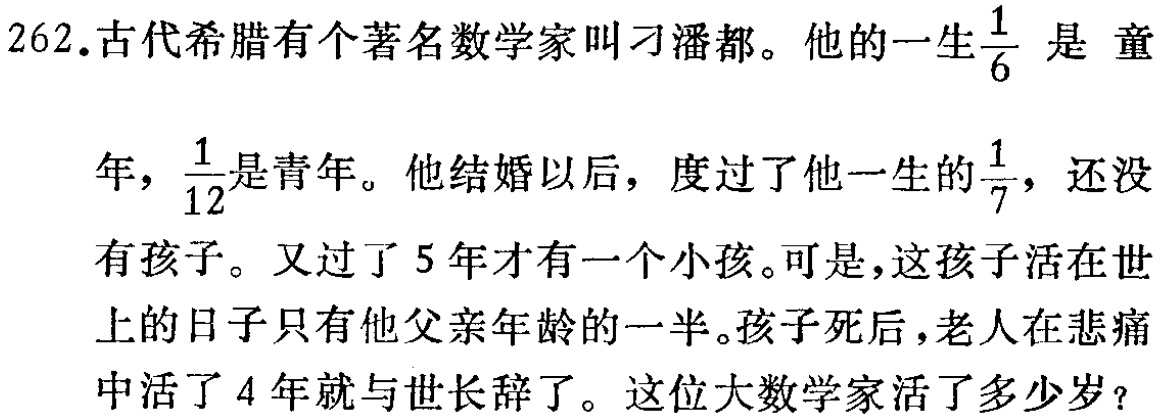
262.古代希腊有个著名数学家叫刁潘都。他的一生$\frac{1}{6}$ 是 童

年，$\frac{1}{12}$是青年。他结婚以后，度过了他一生的$\frac{1}{7}$，还没

有孩子。又过了 5 年才有一个小孩。可是，这孩子活在世

上的日子只有他父亲年龄的一半。孩子死后，老人在悲痛

中活了 4 年就与世长辞了。这位大数学家活了多少岁？